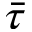
\bar { \tau }